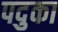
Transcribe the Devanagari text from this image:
पदुका